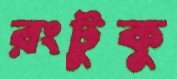
রংটুকু